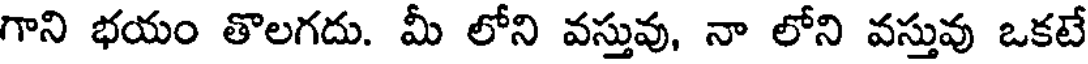
గాని భయం తొలగదు. మీ లోని వస్తువు, నా లోని వస్తువు ఒకటే